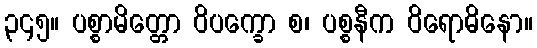
၃၄၅။ ပစ္စာမိတ္တော ဝိပက္ခော စ၊ ပစ္စနီက ဝိရောဓိနော။